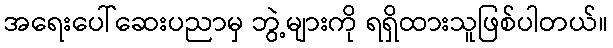
အရေးပေါ်ဆေးပညာမှ ဘွဲ့များကို ရရှိထားသူဖြစ်ပါတယ်။